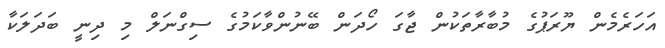
އަހަރެމެން ޔޫރަޕުގެ މުބާރާތަކުން ޖާގަ ހޯދަން ބޭނުންވާކަމުގެ ސިގްނަލް މި ދިނީ ބަދަލަކާ